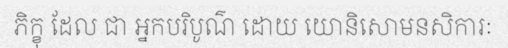
ភិក្ខុ ដែល ជា អ្នកបរិបូណ៌ ដោយ យោនិសោមនសិការៈ